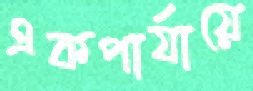
একপার্যায়ে